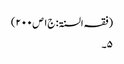
(فقہ السنۃ: ج۱ص۲۰۰)
۵۔